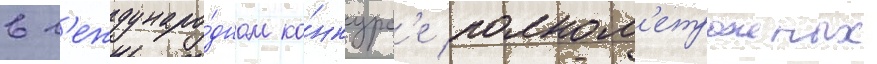
в м'еждунаро́дном ко́нкурс'е полном'етражных